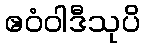
ဧဝံဝါဒီသုပိ